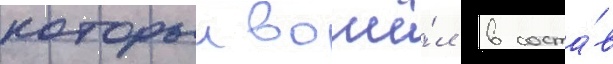
которыи вошё́л в соста́в